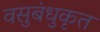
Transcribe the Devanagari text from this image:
वसुबंधुकृत